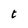
Character: t